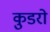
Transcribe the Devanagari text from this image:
कुडरो